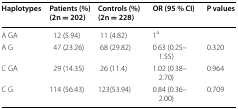
| Haplotypes | Patients (%)(2n = 202) | Controls (%) (2n = 228) | OR (95 % CI) | P values |
 | --- | --- | --- | --- | --- |
 | A GA | 12 (5.94) | 11 (4.82) | 1a |  |
 | A G | 47 (23.26) | 68 (29.82) | 0.63 (0.25–1.55) | 0.320 |
 | C GA | 29 (14.35) | 26 (11.4) | 1.02 (0.38–2.70) | 0.964 |
 | C G | 114 (56.43) | 123(53.94) | 0.84 (0.36–2.00) | 0.709 |